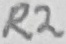
Text: R2